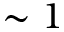
\sim 1